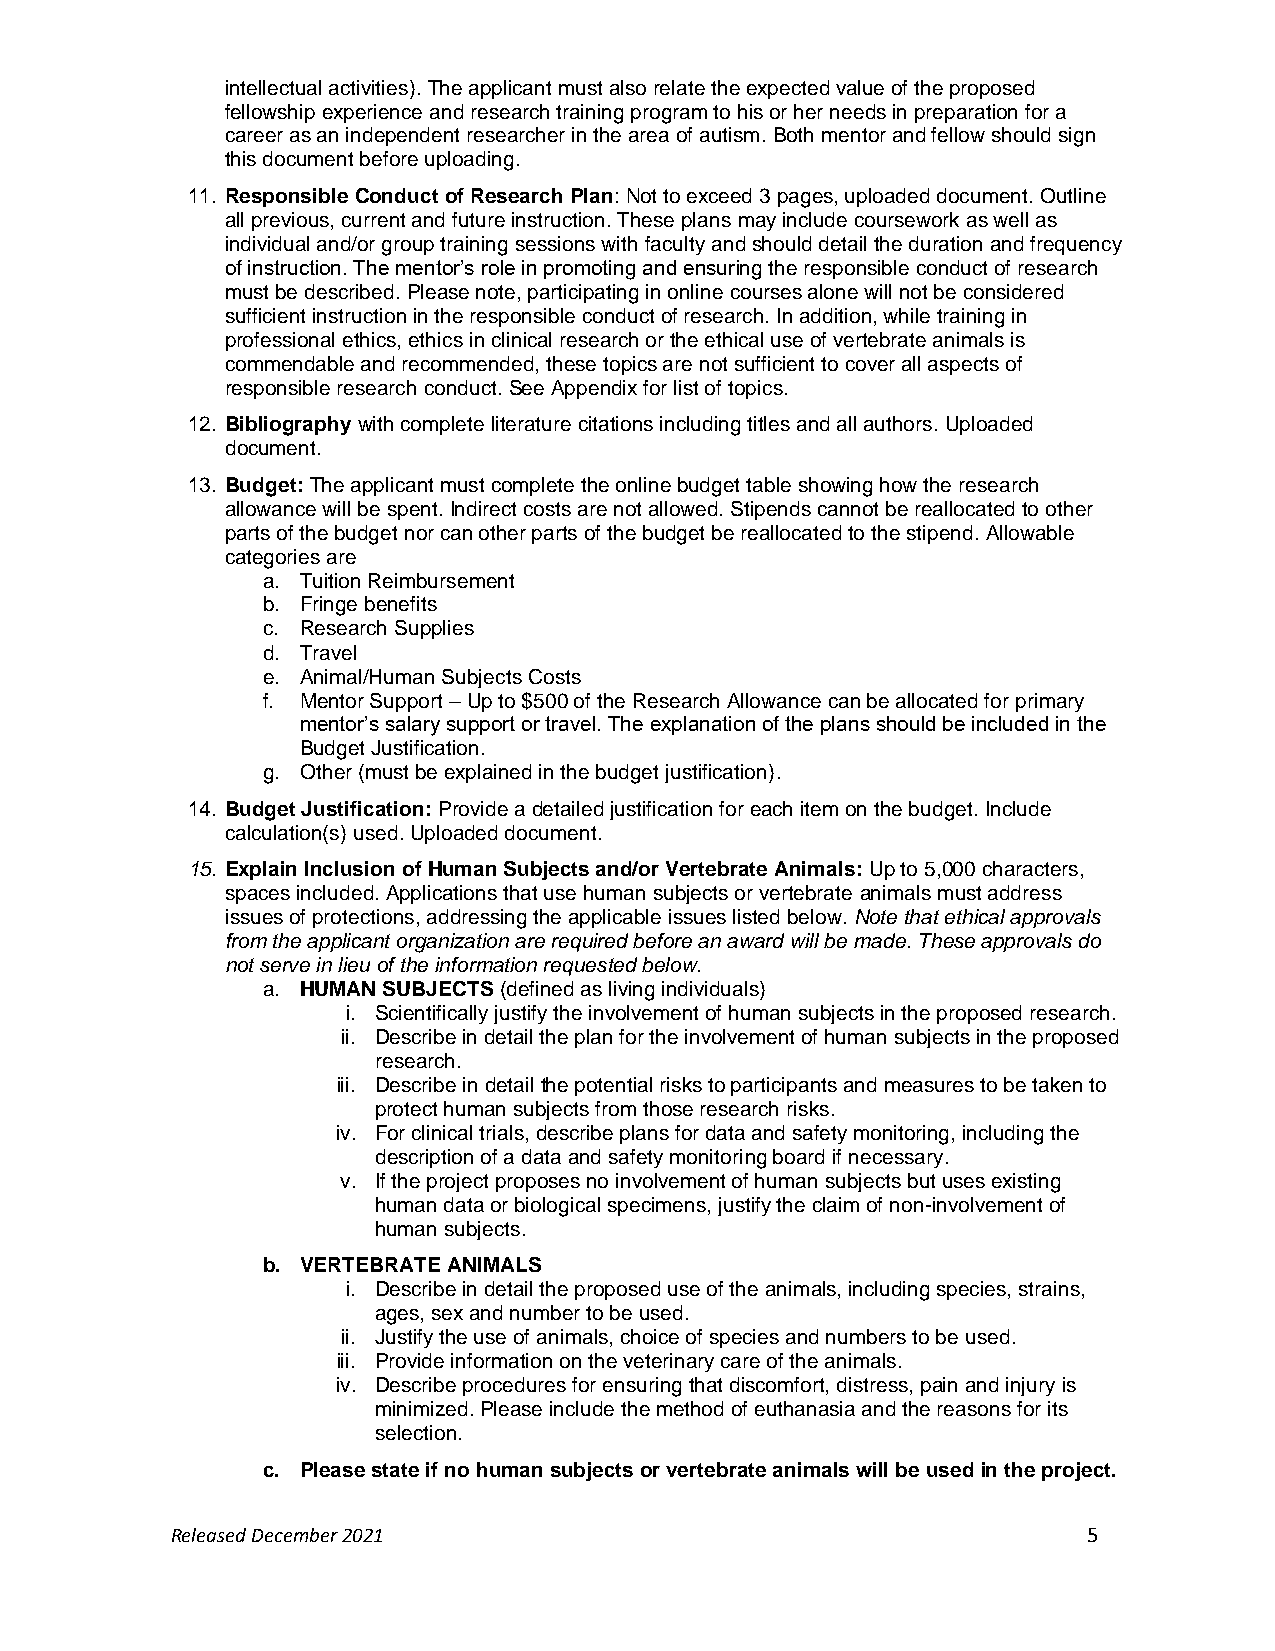
intellectual activities). The applicant must also relate the expected value of the proposed
 fellowship experience and research training program to his or her needs in preparation for a
 career as an independent researcher in the area of autism. Both mentor and fellow should sign
 this document before uploading.
 11. Responsible Conduct of Research Plan: Not to exceed 3 pages, uploaded document. Outline
 all previous, current and future instruction. These plans may include coursework as well as
 individual and/or group training sessions with faculty and should detail the duration and frequency
 of instruction. The mentor’s role in promoting and ensuring the responsible conduct of research
 must be described. Please note, participating in online courses alone will not be considered
 sufficient instruction in the responsible conduct of research. In addition, while training in
 professional ethics, ethics in clinical research or the ethical use of vertebrate animals is
 commendable and recommended, these topics are not sufficient to cover all aspects of
 responsible research conduct. See Appendix for list of topics.
 12. Bibliography with complete literature citations including titles and all authors. Uploaded
 document.
 13. Budget: The applicant must complete the online budget table showing how the research
 allowance will be spent. Indirect costs are not allowed. Stipends cannot be reallocated to other
 parts of the budget nor can other parts of the budget be reallocated to the stipend. Allowable
 categories are
 a. Tuition Reimbursement
 b. Fringe benefits
 c. Research Supplies
 d. Travel
 e. Animal/Human Subjects Costs
 f. Mentor Support – Up to $500 of the Research Allowance can be allocated for primary
 mentor’s salary support or travel. The explanation of the plans should be included in the
 Budget Justification.
 g. Other (must be explained in the budget justification).
 14. Budget Justification: Provide a detailed justification for each item on the budget. Include
 calculation(s) used. Uploaded document.
 15. Explain Inclusion of Human Subjects and/or Vertebrate Animals: Up to 5,000 characters,
 spaces included. Applications that use human subjects or vertebrate animals must address
 issues of protections, addressing the applicable issues listed below. Note that ethical approvals
 from the applicant organization are required before an award will be made. These approvals do
 not serve in lieu of the information requested below.
 a. HUMAN SUBJECTS (defined as living individuals)
 i. Scientifically justify the involvement of human subjects in the proposed research.
 ii. Describe in detail the plan for the involvement of human subjects in the proposed
 research.
 iii. Describe in detail the potential risks to participants and measures to be taken to
 protect human subjects from those research risks.
 iv. For clinical trials, describe plans for data and safety monitoring, including the
 description of a data and safety monitoring board if necessary.
 v. If the project proposes no involvement of human subjects but uses existing
 human data or biological specimens, justify the claim of non-involvement of
 human subjects.
 b. VERTEBRATE ANIMALS
 i. Describe in detail the proposed use of the animals, including species, strains,
 ages, sex and number to be used.
 ii. Justify the use of animals, choice of species and numbers to be used.
 iii. Provide information on the veterinary care of the animals.
 iv. Describe procedures for ensuring that discomfort, distress, pain and injury is
 minimized. Please include the method of euthanasia and the reasons for its
 selection.
 c. Please state if no human subjects or vertebrate animals will be used in the project.
 Released December 2021                                       5